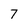
Character: 7